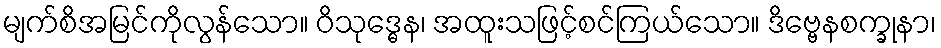
မျက်စိအမြင်ကိုလွန်သော။ ဝိသုဒ္ဓေန၊ အထူးသဖြင့်စင်ကြယ်သော။ ဒိဗ္ဗေနစက္ခုနာ၊